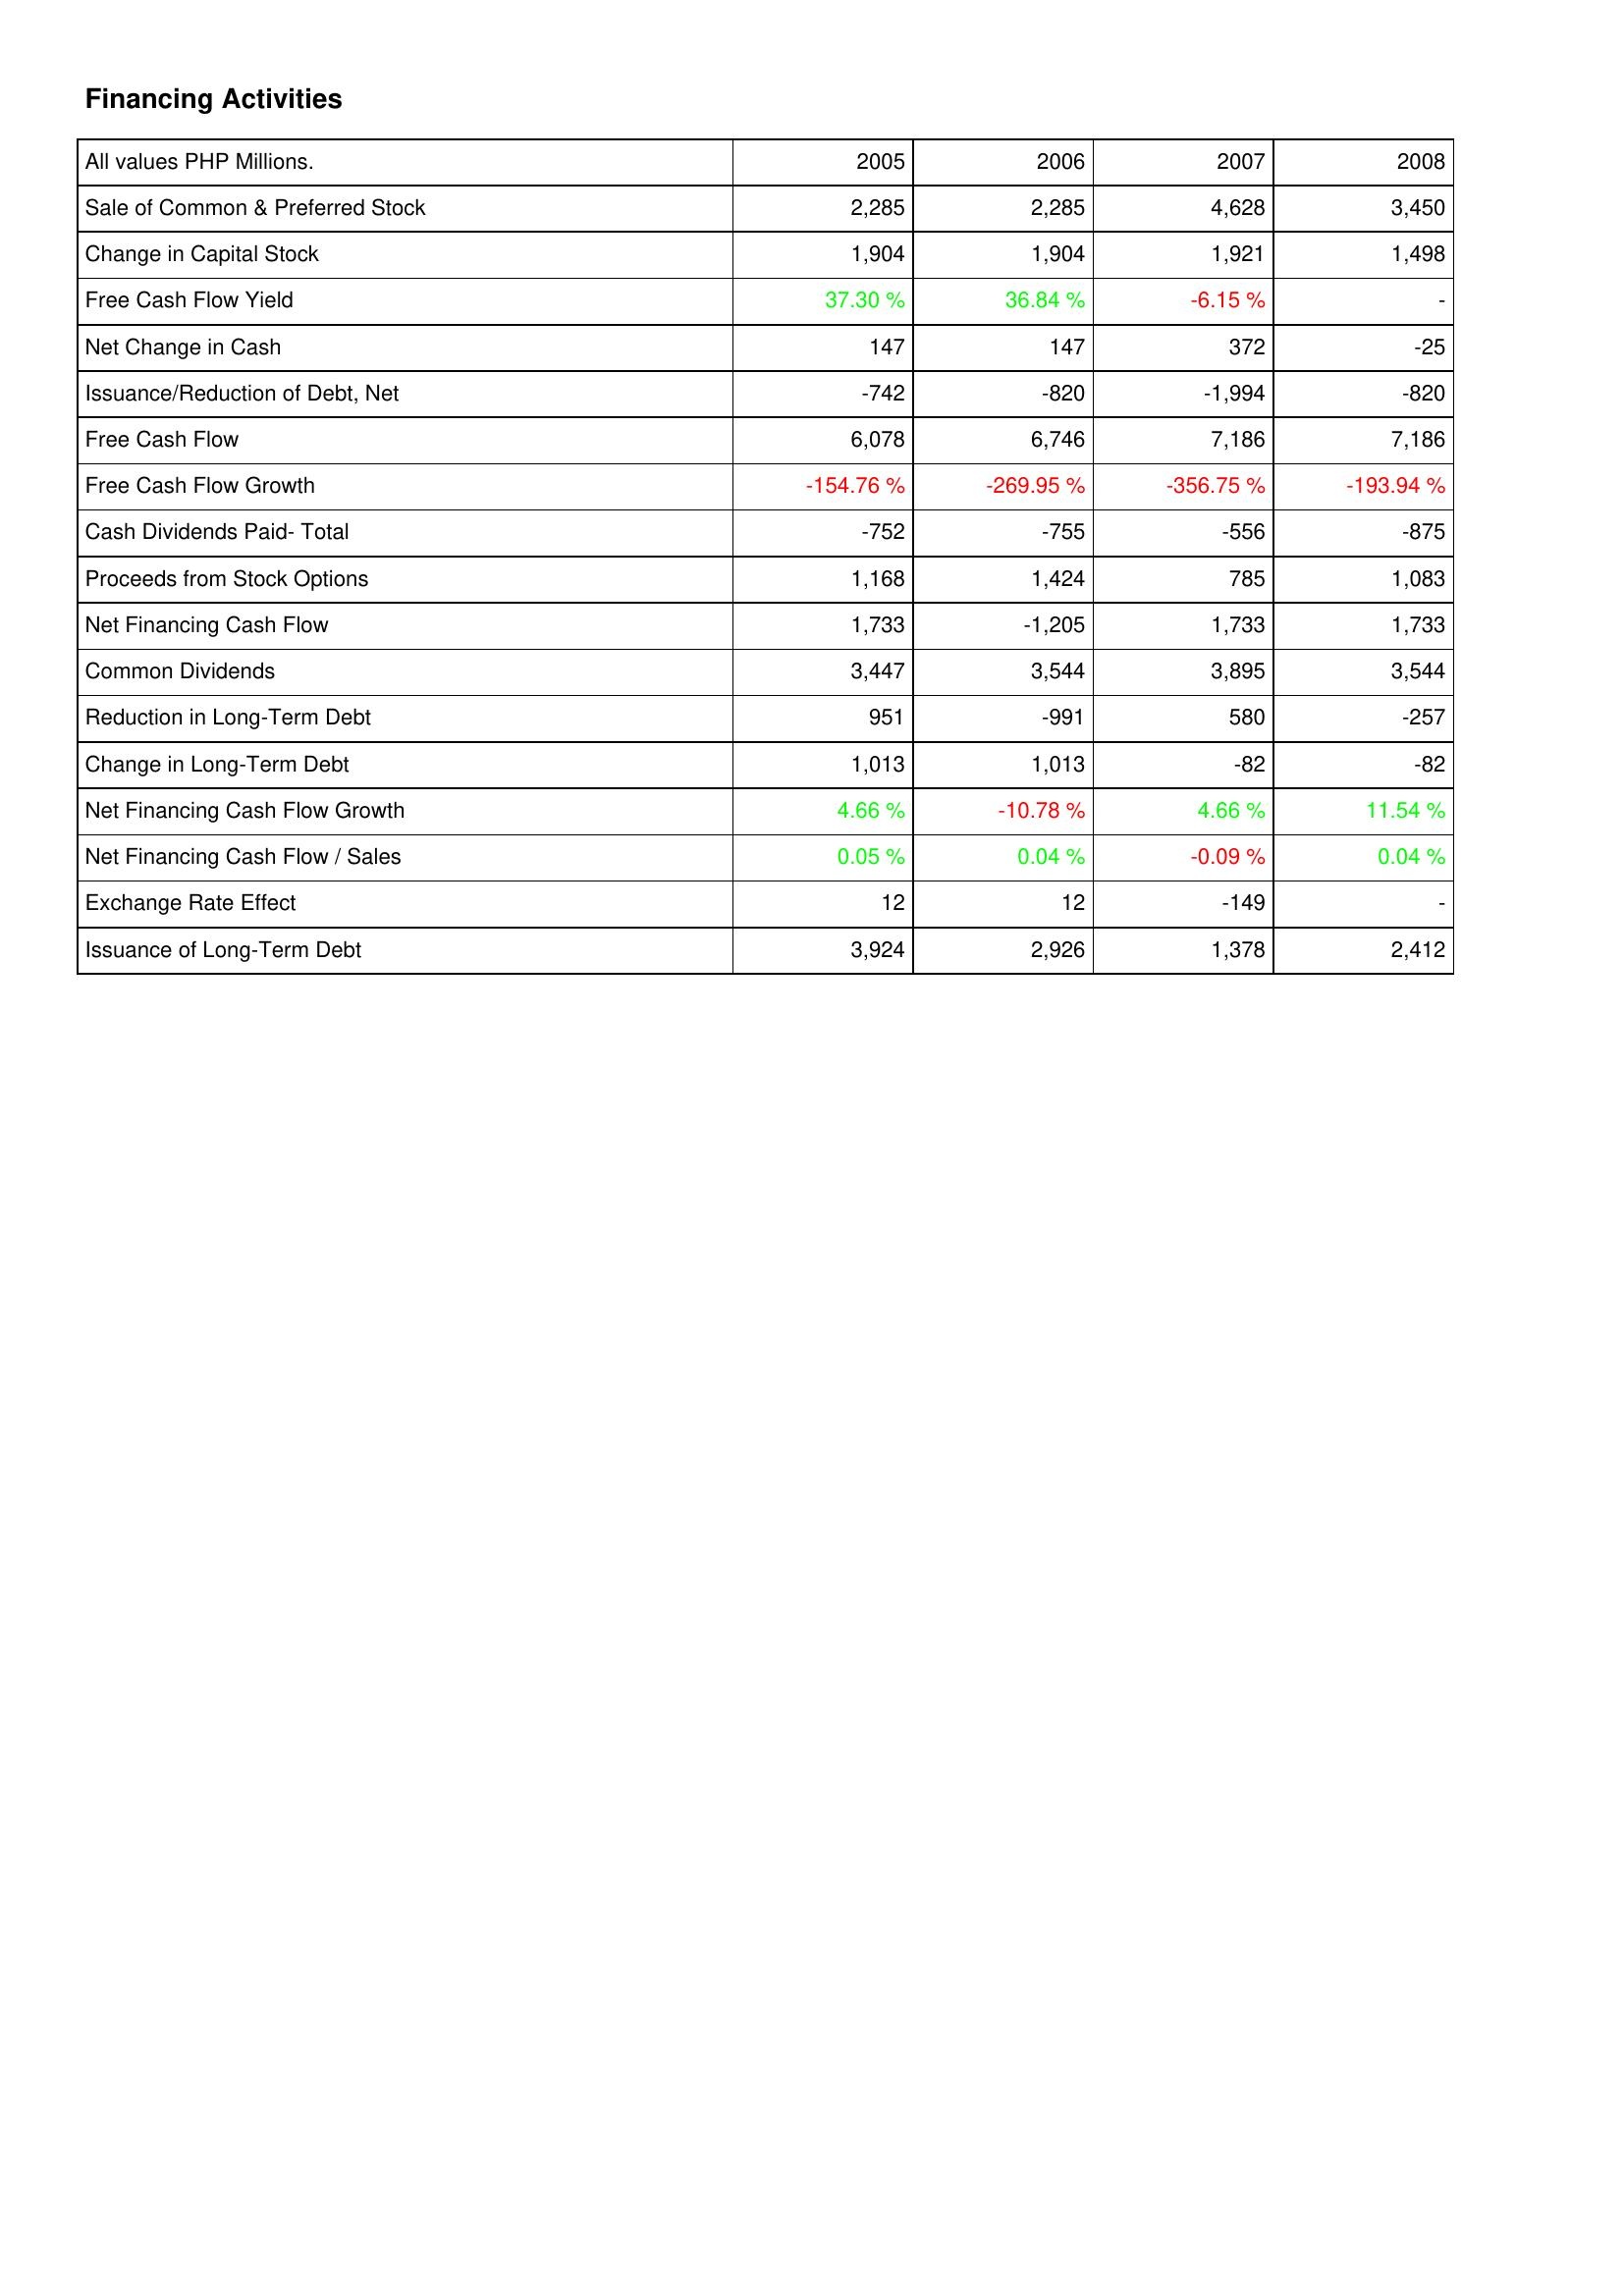
2005: Financing Activities: Sale of Common & Preferred Stock: 2,285
Change in Capital Stock: 1,904
Free Cash Flow Yield: 37.30 %
Net Change in Cash: 147
Issuance/Reduction of Debt, Net: -742
Free Cash Flow: 6,078
Free Cash Flow Growth: -154.76 %
Cash Dividends Paid- Total: -752
Proceeds from Stock Options: 1,168
Net Financing Cash Flow: 1,733
Common Dividends: 3,447
Reduction in Long-Term Debt: 951
Change in Long-Term Debt: 1,013
Net Financing Cash Flow Growth: 4.66 %
Net Financing Cash Flow / Sales: 0.05 %
Exchange Rate Effect: 12
Issuance of Long-Term Debt: 3,924
2006: Financing Activities: Sale of Common & Preferred Stock: 2,285
Change in Capital Stock: 1,904
Free Cash Flow Yield: 36.84 %
Net Change in Cash: 147
Issuance/Reduction of Debt, Net: -820
Free Cash Flow: 6,746
Free Cash Flow Growth: -269.95 %
Cash Dividends Paid- Total: -755
Proceeds from Stock Options: 1,424
Net Financing Cash Flow: -1,205
Common Dividends: 3,544
Reduction in Long-Term Debt: -991
Change in Long-Term Debt: 1,013
Net Financing Cash Flow Growth: -10.78 %
Net Financing Cash Flow / Sales: 0.04 %
Exchange Rate Effect: 12
Issuance of Long-Term Debt: 2,926
2007: Financing Activities: Sale of Common & Preferred Stock: 4,628
Change in Capital Stock: 1,921
Free Cash Flow Yield: -6.15 %
Net Change in Cash: 372
Issuance/Reduction of Debt, Net: -1,994
Free Cash Flow: 7,186
Free Cash Flow Growth: -356.75 %
Cash Dividends Paid- Total: -556
Proceeds from Stock Options: 785
Net Financing Cash Flow: 1,733
Common Dividends: 3,895
Reduction in Long-Term Debt: 580
Change in Long-Term Debt: -82
Net Financing Cash Flow Growth: 4.66 %
Net Financing Cash Flow / Sales: -0.09 %
Exchange Rate Effect: -149
Issuance of Long-Term Debt: 1,378
2008: Financing Activities: Sale of Common & Preferred Stock: 3,450
Change in Capital Stock: 1,498
Free Cash Flow Yield: -
Net Change in Cash: -25
Issuance/Reduction of Debt, Net: -820
Free Cash Flow: 7,186
Free Cash Flow Growth: -193.94 %
Cash Dividends Paid- Total: -875
Proceeds from Stock Options: 1,083
Net Financing Cash Flow: 1,733
Common Dividends: 3,544
Reduction in Long-Term Debt: -257
Change in Long-Term Debt: -82
Net Financing Cash Flow Growth: 11.54 %
Net Financing Cash Flow / Sales: 0.04 %
Exchange Rate Effect: -
Issuance of Long-Term Debt: 2,412